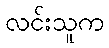
လင်းသူက